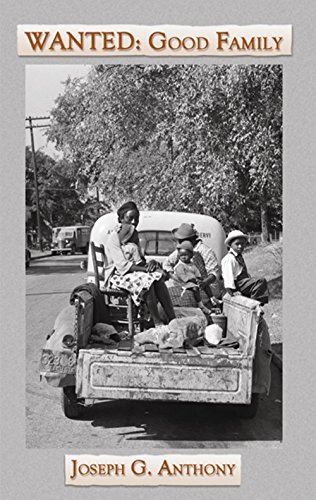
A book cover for Wanted: Good Family, A Novel (Appalachian Writing Series); Joseph G Anthony; Literature & Fiction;